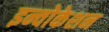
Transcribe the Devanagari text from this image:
इन्वोकेशन